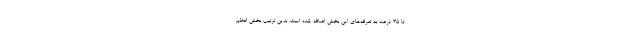
تا ۳۵ درصد به تعرفه‌های این بخش اضافه شده است. بدین ترتیب بخش اعظم